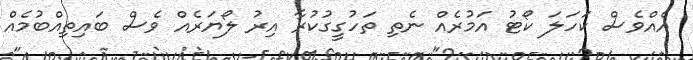
އެއްވެސް ކަހަލަ ކޯޓު އަމުރެއް ނެތި ތަހުގީގުކުރާ އިރު ލޯޔަރެއް ވެސް ބައިތިއްބުމެއް